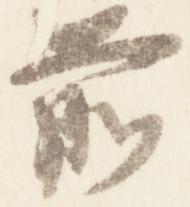
前